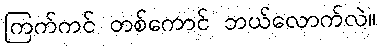
ကြက်ကင် တစ်ကောင် ဘယ်လောက်လဲ။